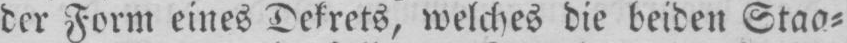
der Form eines Dekrets, welches die beiden Staa⸗